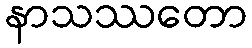
နာသဿတော